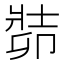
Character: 𠨡